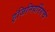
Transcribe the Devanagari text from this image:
इंजिनियरिंगचे